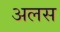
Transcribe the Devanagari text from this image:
अलस